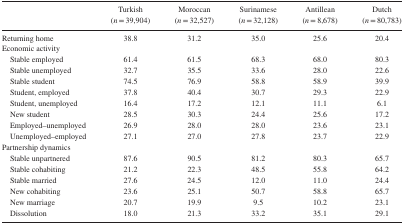
<table><thead><tr><td></td><td><b>Turkish</b></td><td><b>Moroccan</b></td><td><b>Surinamese</b></td><td><b>Antillean</b></td><td><b>Dutch</b></td></tr><tr><td></td><td><b>(<i>n</i> = 39,904)</b></td><td><b>(<i>n</i> = 32,527)</b></td><td><b>(<i>n</i> = 32,128)</b></td><td><b>(<i>n</i> = 8,678)</b></td><td><b>(<i>n</i> = 80,783)</b></td></tr></thead><tbody><tr><td>Returning home</td><td>38.8</td><td>31.2</td><td>35.0</td><td>25.6</td><td>20.4</td></tr><tr><td>Economic activity</td><td></td><td></td><td></td><td></td><td></td></tr><tr><td>Stable employed</td><td>61.4</td><td>61.5</td><td>68.3</td><td>68.0</td><td>80.3</td></tr><tr><td>Stable unemployed</td><td>32.7</td><td>35.5</td><td>33.6</td><td>28.0</td><td>22.6</td></tr><tr><td>Stable student</td><td>74.5</td><td>76.9</td><td>58.8</td><td>58.9</td><td>39.9</td></tr><tr><td>Student, employed</td><td>37.8</td><td>40.4</td><td>30.7</td><td>29.3</td><td>22.9</td></tr><tr><td>Student, unemployed</td><td>16.4</td><td>17.2</td><td>12.1</td><td>11.1</td><td>6.1</td></tr><tr><td>New student</td><td>28.5</td><td>30.3</td><td>24.4</td><td>25.6</td><td>17.2</td></tr><tr><td>Employed–unemployed</td><td>26.9</td><td>28.0</td><td>28.0</td><td>23.6</td><td>23.1</td></tr><tr><td>Unemployed–employed</td><td>27.1</td><td>27.0</td><td>27.8</td><td>23.7</td><td>22.9</td></tr><tr><td>Partnership dynamics</td><td></td><td></td><td></td><td></td><td></td></tr><tr><td>Stable unpartnered</td><td>87.6</td><td>90.5</td><td>81.2</td><td>80.3</td><td>65.7</td></tr><tr><td>Stable cohabiting</td><td>21.2</td><td>22.3</td><td>48.5</td><td>55.8</td><td>64.2</td></tr><tr><td>Stable married</td><td>27.6</td><td>24.5</td><td>12.0</td><td>11.0</td><td>24.4</td></tr><tr><td>New cohabiting</td><td>23.6</td><td>25.1</td><td>50.7</td><td>58.8</td><td>65.7</td></tr><tr><td>New marriage</td><td>20.7</td><td>19.9</td><td>9.5</td><td>10.2</td><td>23.1</td></tr><tr><td>Dissolution</td><td>18.0</td><td>21.3</td><td>33.2</td><td>35.1</td><td>29.1</td></tr></tbody></table>